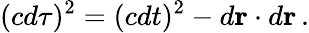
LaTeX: (cd\tau)^{2}=(cdt)^{2}-d\mathbf{r}\cdot d\mathbf{r}\, .